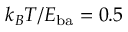
k _ { B } T / E _ { \mathrm { b a } } = 0 . 5